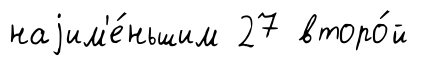
наjим'е́ньшим 27 второ́й